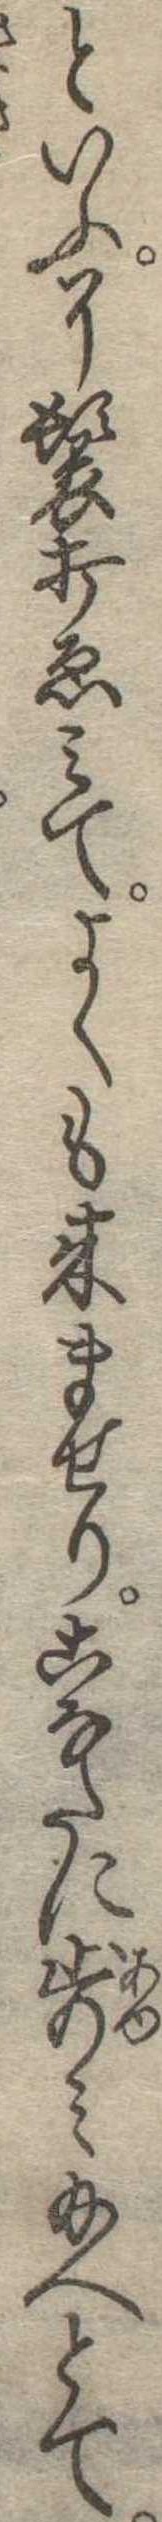
といふ了鬟打ゑみてよくも来ませりこなたに歩み給へとて